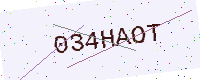
Text: 034HAOT